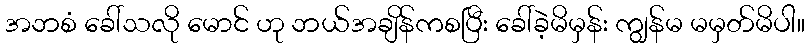
အဘစံ ခေါ်သလို မောင် ဟု ဘယ်အချိန်ကစပြီး ခေါ်ခဲ့မိမှန်း ကျွန်မ မမှတ်မိပါ။